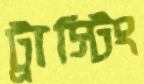
ট্রাস্টিং